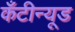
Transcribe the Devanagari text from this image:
कँटीन्यूड